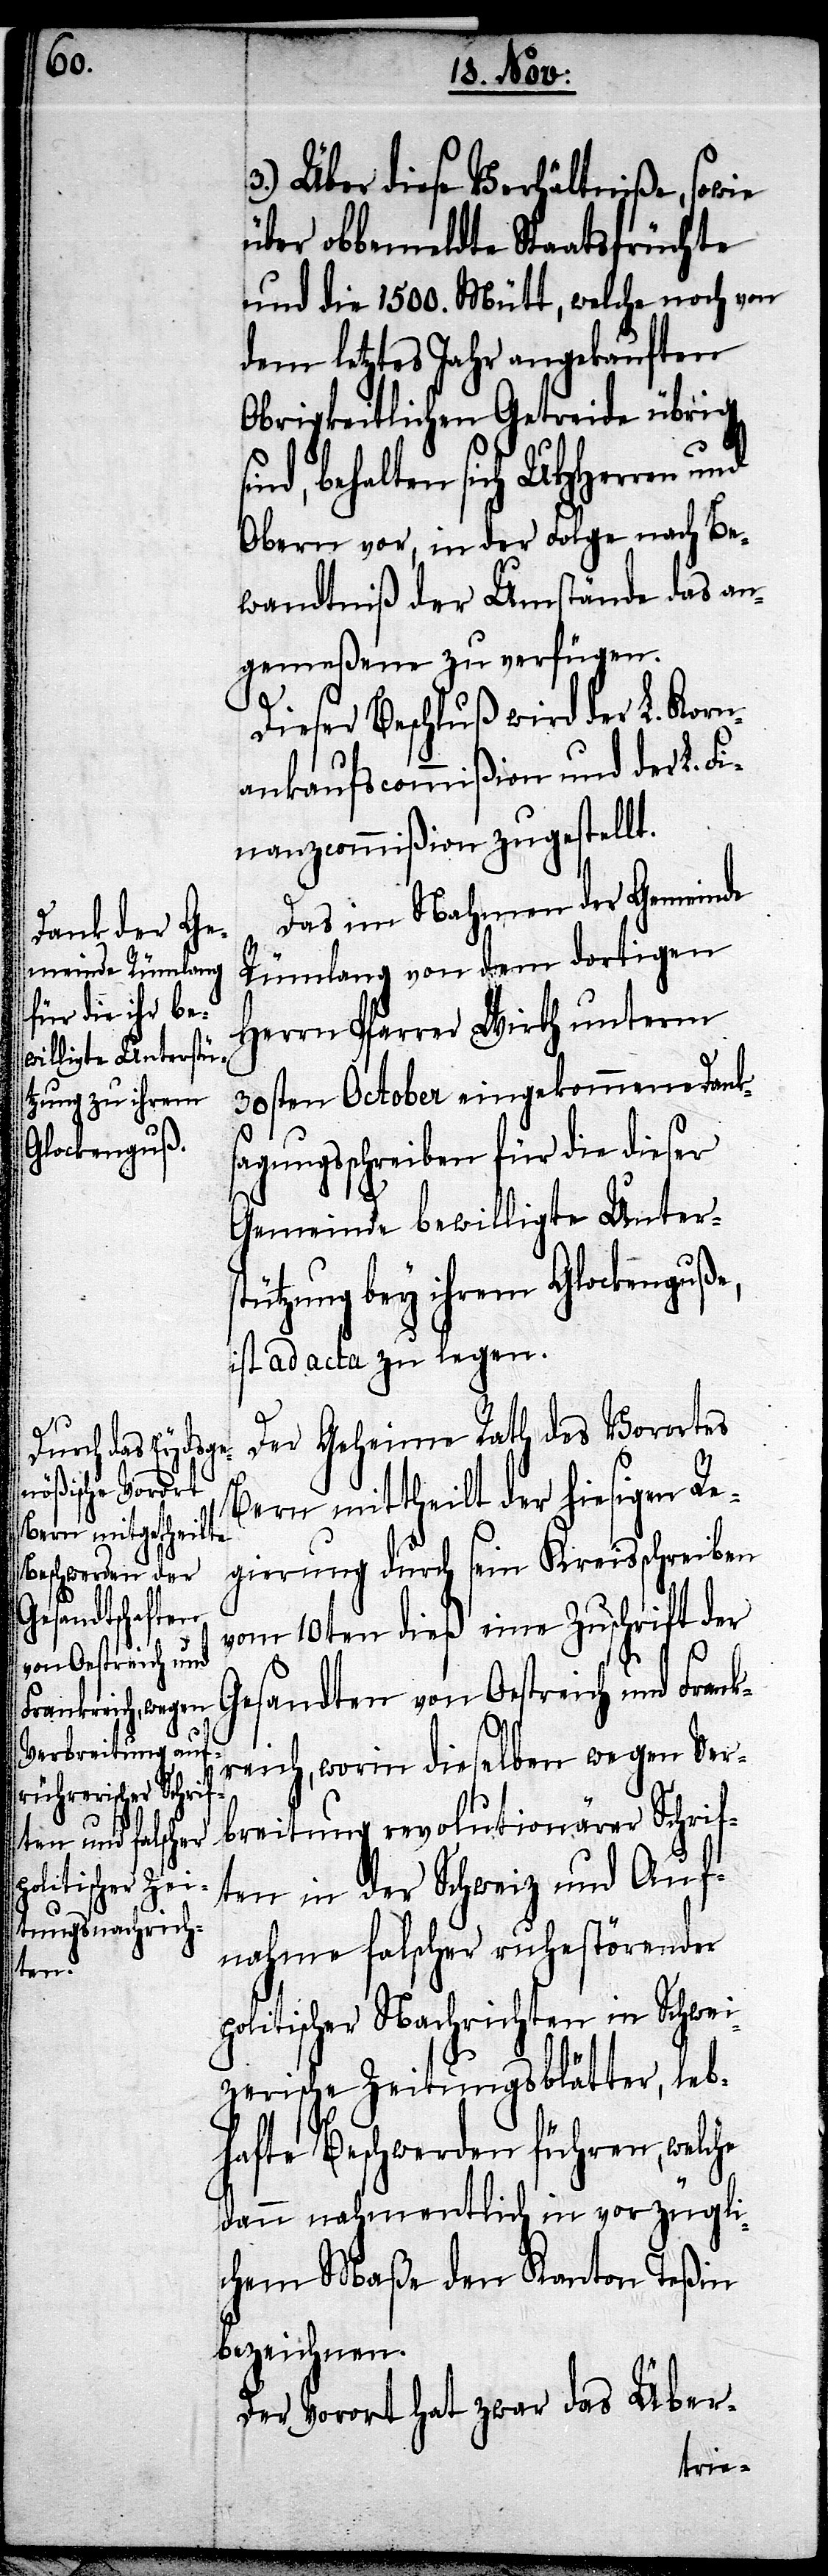
3.) Über diese Verhältniße, sowie
über obbemeldte Staatsfrüchte
und die 1500. Mütt, welche noch von
dem letztes Jahr angekauften
Obrigkeitlichen Getreide übrig
ind, behalten sich UHHerren und
Obern vor, in der Folge nach Be¬
wandtniß der Umstände das an¬
gemeßene zu verfügen.
Dieser Beschluß wird der L. Korn¬
ankaufscommißion und der L. F¬
inanzcommißion zugestellt.
Das im Nahmen der Gemeinde
Rümlang von dem dortigen
Herrn Pfarrer Wirth unterm
30sten October eingekommene Danks¬
agungsschreiben für die dieser
Gemeinde bewilligte Unters¬
tützung bey ihrem Glockenguße,
ist ad acta zu legen.
Der Geheime Rath des Vorortes
Bern mittheilt der hiesigen Re¬
gierung durch sein Kreisschreiben
vom 10ten dieß eine Zuschrift der
s¬
Gesandten von Oestreich und Frank¬
reich, worin dieselben wegen Ver¬
breitung revolutionärer Schrif¬
ten in der Schweiz und Auf¬
nahme falscher ruhestörender
politischer Nachrichten in Schwei¬
zerische Zeitungsblätter, leb¬
hafte Beschwerden führen, welche
dann nahmentlich in vorzügli¬
chem Maße den Kanton Teßin
bezeichnen.
Der Vorort hat zwar das Über-